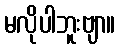
မလိုပါဘူးဗျာ။